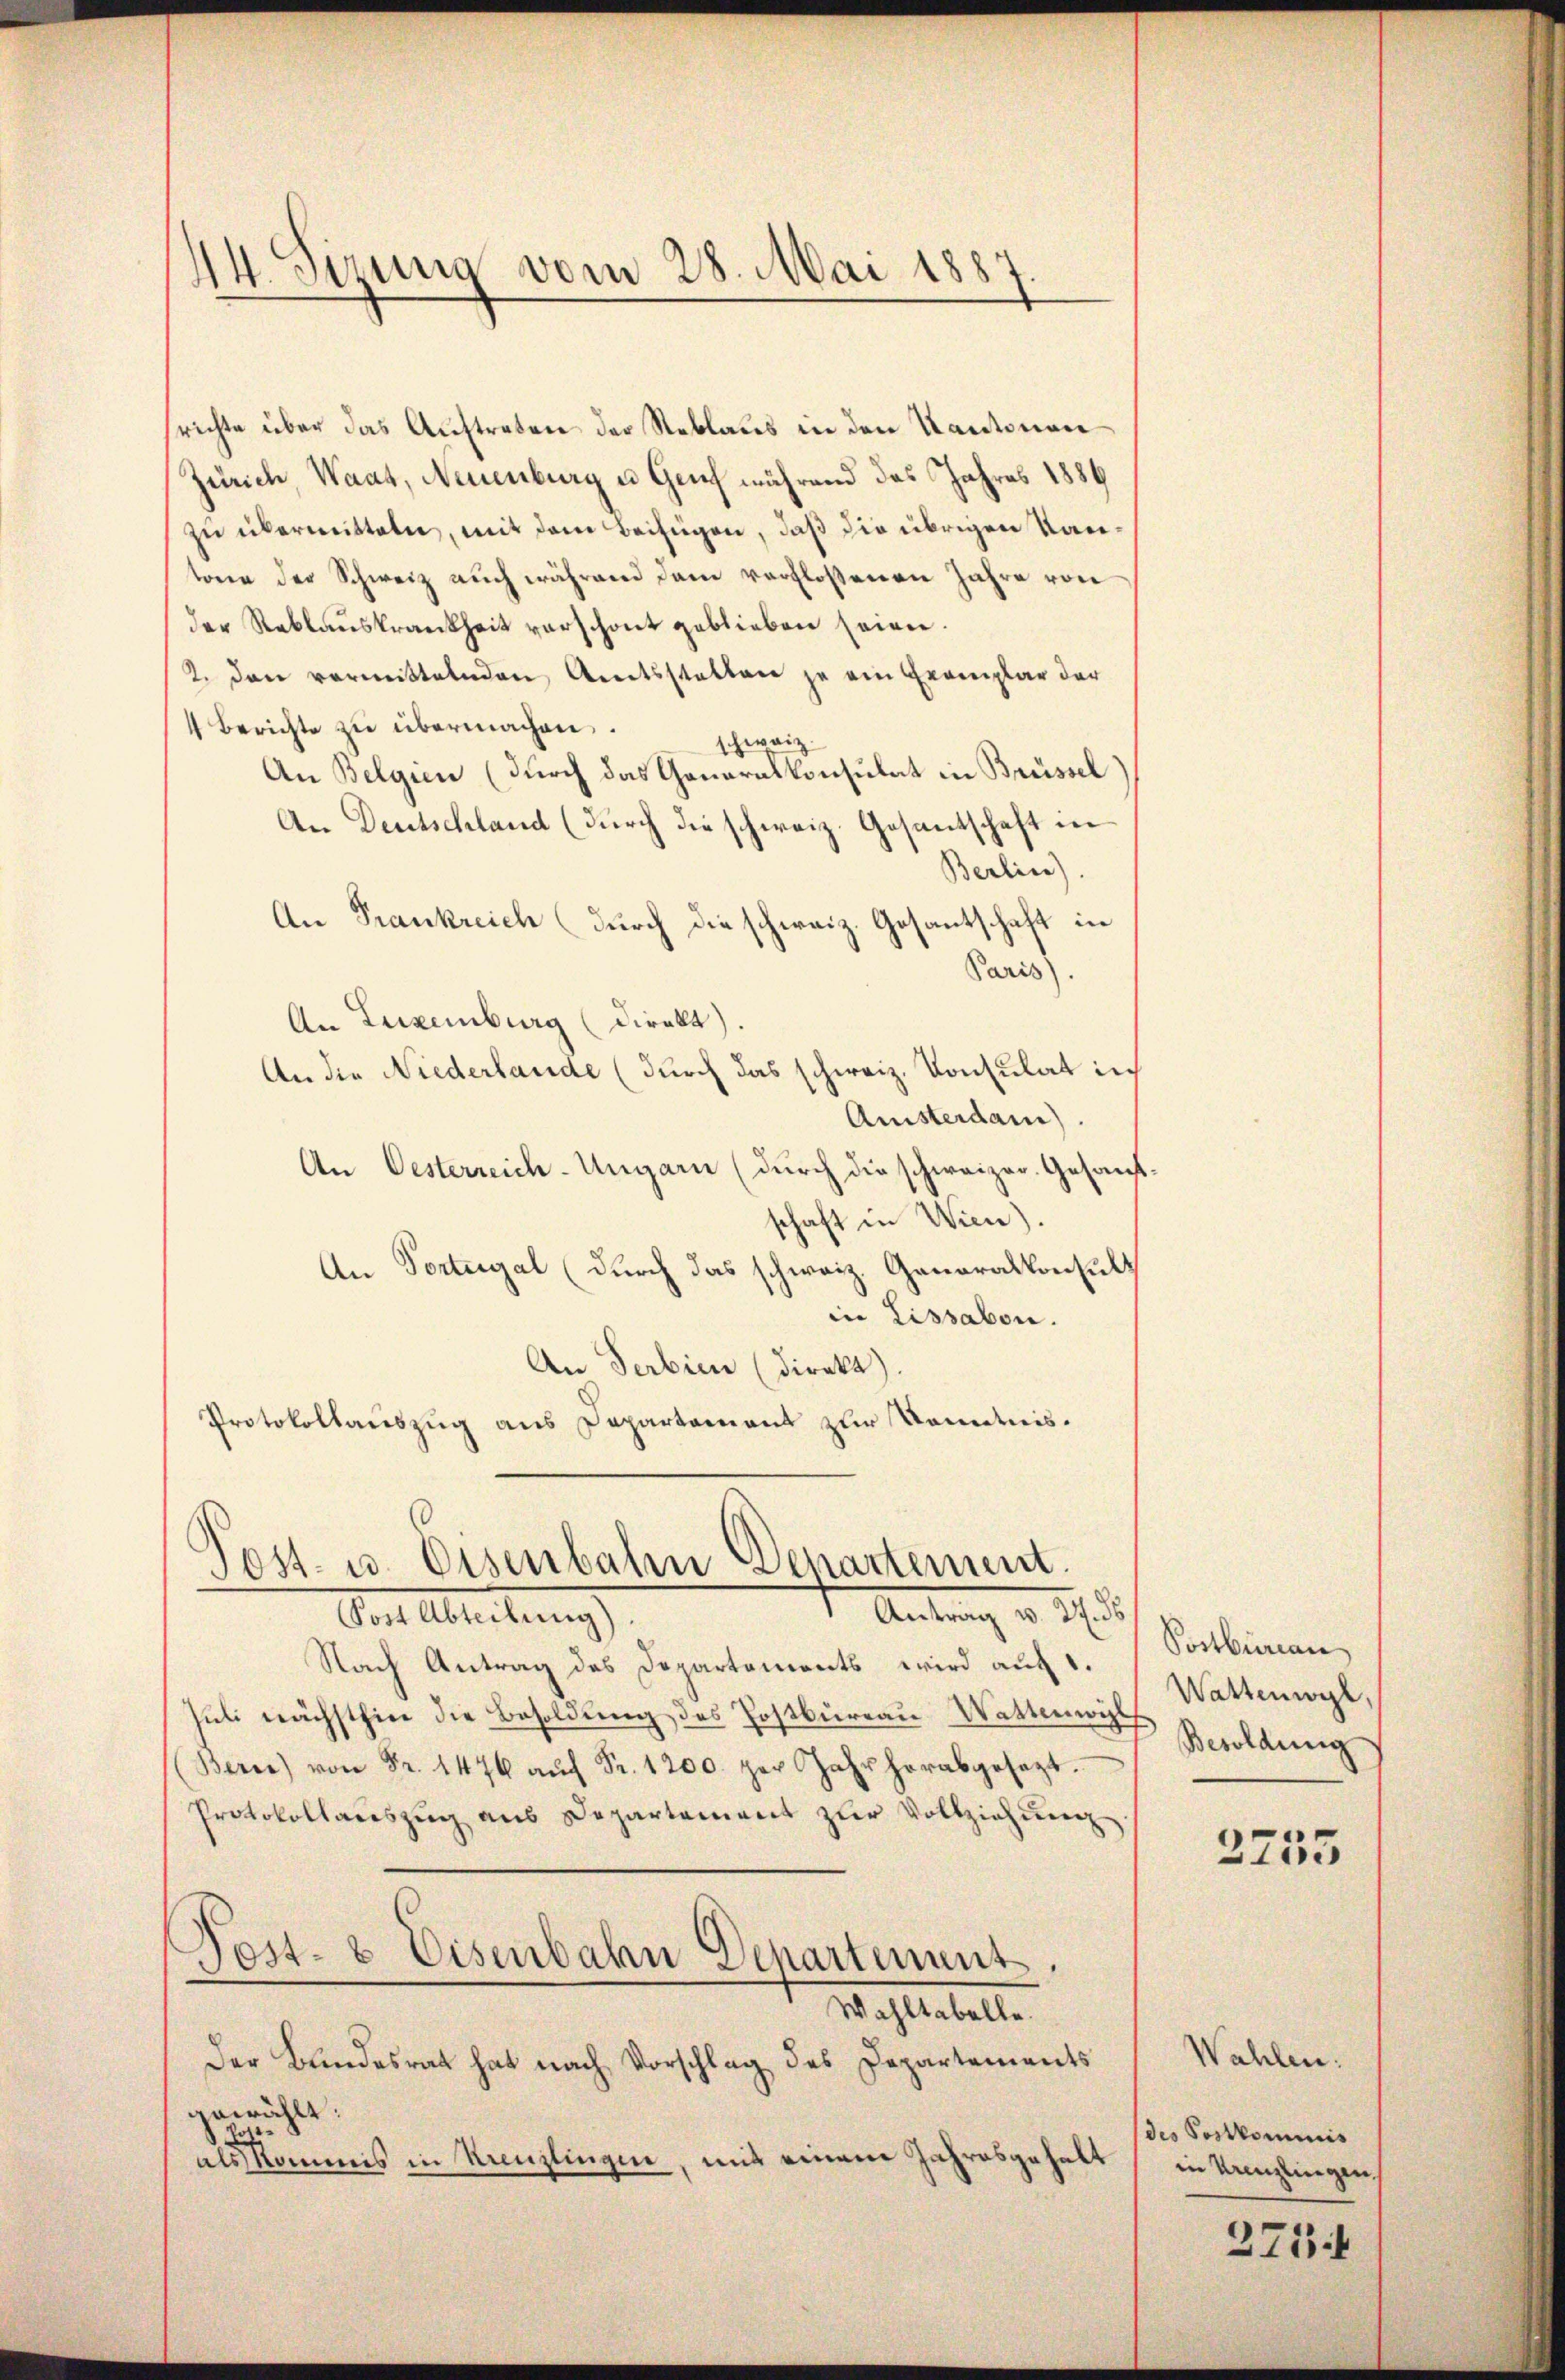
44. Sizung vom 28. Mai 1887

srichte über das Auftreten der Reblaus in den Kantonen
Zürich, Waat, Neuenburg u. Genf während das Jahres 1889
zŭ übermitteln, mit dem Beifügen, daß die übrigen Kantone der Schweiz auch während dem verfloßenen Jahre von
der Reblauskrankheit verschont geblieben seien.
2. dann vormittelnden Amtsstalten je ein Exemplar der
4 Berichte zu übermachen.
schweiz
An Belgien (durch das Generalkonsulat in Brüssel)
An Deutschland (durch die schweiz. Gesantschaft in
Berlin)
An Frankreich (durch die schweiz. Gesantschaft in
Paris).
An Luxenburg (direkt.
An die Niederlande (durch das schweiz. Konsulat in
Anisterdam)
An Oesterreich-Ungarn (durch die schweizer. Gesand
schaft in Wien).
An Portugal (durch das schweiz. Generalkonsul
in Lissabon.
An Serbien (direkt).
Protokollauszug aus Departement zur Kenntnis¬
Post- u. Eisenbahn Departement.
Antrag v. 27. ds
Von Abreitung
Nach Antrag des Departements wird auf 1.
Juli nächsthin die Besoldung des Postbureau Wattenwill
(Bern) von Fr. 1476 aŭf Fr. 1200. per Jahr herabgesagt.
Protokollauszug aus Departement zur Vollziehung
Post- & Eisenbahn Departement,
Wahltabelle.
Der Bundesrat hat nach Vorschlag des Departements
gewählt:
Vote
als kommis in Renzlingen, mit einem Jahresgehalt

Postbureau
Wattenwyl,
Besoldung

2755

Wahlen.
des Postkommnis
in Kreuzlingen.
273 f